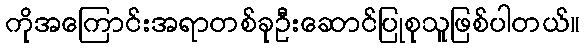
ကိုအကြောင်းအရာတစ်ခုဦးဆောင်ပြုစုသူဖြစ်ပါတယ်။